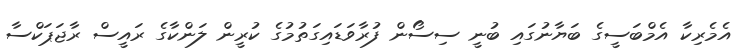
އެމެރިކާ އެމްބަސީގެ ބަޔާނުގައި ބުނީ ސިސޯން ފުރާވަޑައިގަތުމުގެ ކުރީން ލަންކާގެ ރައީސް ރާޖަޕަކްސާ